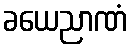
ခယေညာဏံ